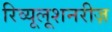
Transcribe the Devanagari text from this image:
रिव्यूलूशनरीज़